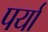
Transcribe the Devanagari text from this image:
पर्या